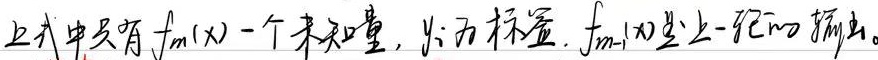
上式中只有 \(f_m(x)\) 一个未知量， \(y_i\) 为标签，\(f_{m - 1}(x)\) 是上一轮的输出。